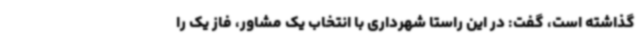
گذاشته است، گفت: در این راستا شهرداری با انتخاب یک مشاور، فاز یک را